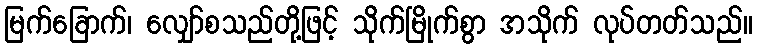
မြက်ခြောက်၊ လျှော်စသည်တို့ဖြင့် သိုက်မြိုက်စွာ အသိုက် လုပ်တတ်သည်။